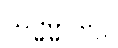
သဒ္ဓမ္မဝဂ္ဂေါ